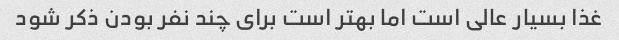
غذا بسیار عالی است اما بهتر است برای چند نفر بودن ذکر شود